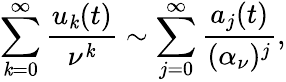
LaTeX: \sum_{\mathit{k}=0}^{\infty}{\frac{{u_{\mathit{k}}(t)}}{{\nu^{\mathit{k}}}}}\sim\sum_{j=0}^{\infty}{\frac{{a_{j}(t)}}{{(\alpha_{\nu})^{j}}}},